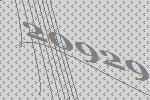
20929